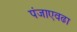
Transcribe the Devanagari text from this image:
पंजाएवढा